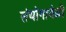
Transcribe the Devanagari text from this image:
संयोगावेळी